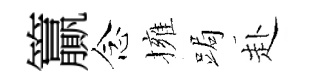
籯念擁跼赴